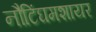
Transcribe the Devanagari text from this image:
नौटिंघमशायर